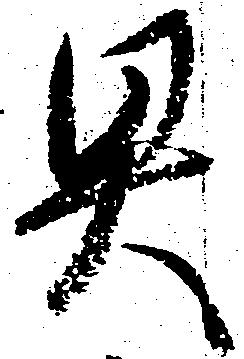
具